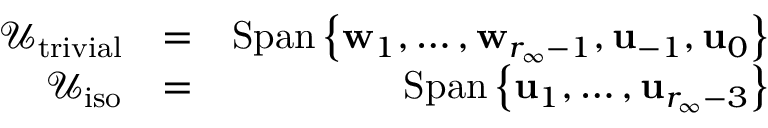
\begin{array} { r l r } { \mathcal { U } _ { \mathrm { t r i v i a l } } } & { = } & { \mathrm { S p a n } \left\{ \mathbf { w } _ { 1 } , \dots , \mathbf { w } _ { r _ { \infty } - 1 } , \mathbf { u } _ { - 1 } , \mathbf { u } _ { 0 } \right\} } \\ { \mathcal { U } _ { \mathrm { i s o } } } & { = } & { \mathrm { S p a n } \left\{ \mathbf { u } _ { 1 } , \dots , \mathbf { u } _ { r _ { \infty } - 3 } \right\} } \end{array}